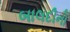
બાલદીનો